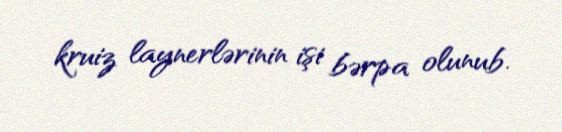
kruiz laynerlərinin işi bərpa olunub.